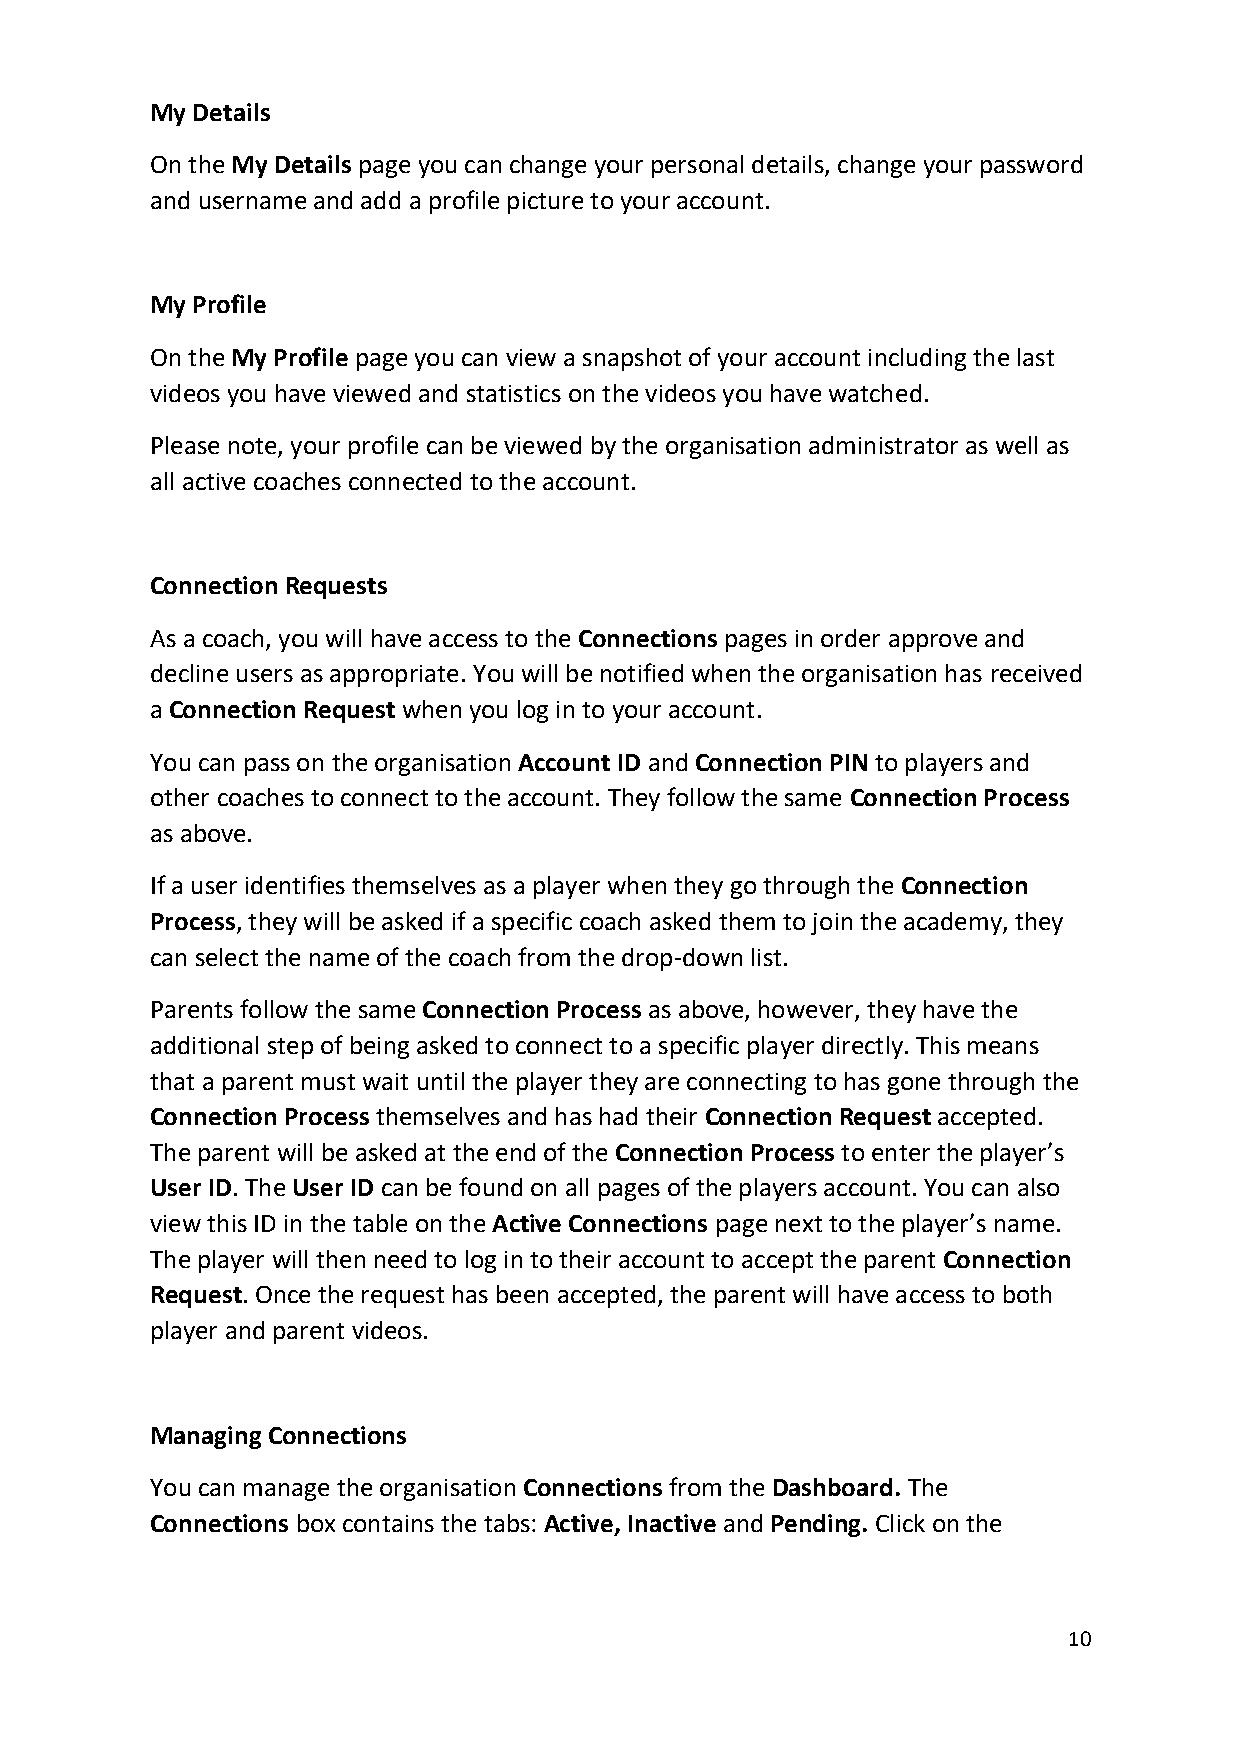
My Details
 On the My Details page you can change your personal details, change your password
 and username and add a profile picture to your account.
 My Profile
 On the My Profile page you can view a snapshot of your account including the last
 videos you have viewed and statistics on the videos you have watched.
 Please note, your profile can be viewed by the organisation administrator as well as
 all active coaches connected to the account.
 Connection Requests
 As a coach, you will have access to the Connections pages in order approve and
 decline users as appropriate. You will be notified when the organisation has received
 a Connection Request when you log in to your account.
 You can pass on the organisation Account ID and Connection PIN to players and
 other coaches to connect to the account. They follow the same Connection Process
 as above.
 If a user identifies themselves as a player when they go through the Connection
 Process, they will be asked if a specific coach asked them to join the academy, they
 can select the name of the coach from the drop-down list.
 Parents follow the same Connection Process as above, however, they have the
 additional step of being asked to connect to a specific player directly. This means
 that a parent must wait until the player they are connecting to has gone through the
 Connection Process themselves and has had their Connection Request accepted.
 The parent will be asked at the end of the Connection Process to enter the player’s
 User ID. The User ID can be found on all pages of the players account. You can also
 view this ID in the table on the Active Connections page next to the player’s name.
 The player will then need to log in to their account to accept the parent Connection
 Request. Once the request has been accepted, the parent will have access to both
 player and parent videos.
 Managing Connections
 You can manage the organisation Connections from the Dashboard. The
 Connections box contains the tabs: Active, Inactive and Pending. Click on the
 10